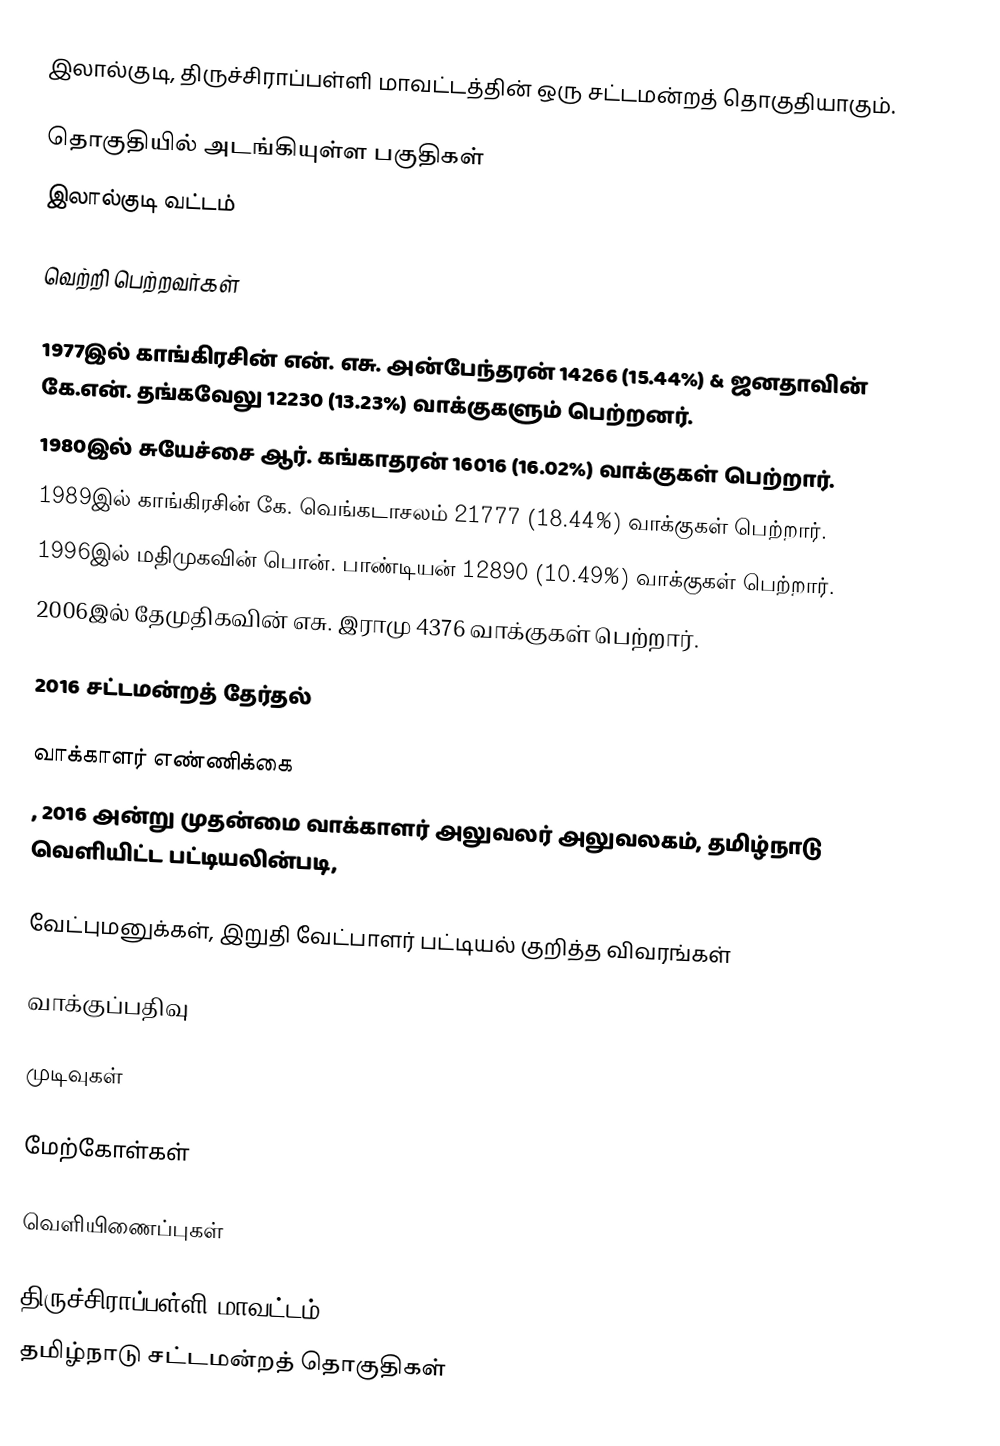
இலால்குடி, திருச்சிராப்பள்ளி மாவட்டத்தின் ஒரு சட்டமன்றத் தொகுதியாகும்.

தொகுதியில் அடங்கியுள்ள பகுதிகள்
இலால்குடி வட்டம்

வெற்றி பெற்றவர்கள்

1977இல் காங்கிரசின் என். எசு. அன்பேந்தரன் 14266 (15.44%) & ஜனதாவின் கே.என். தங்கவேலு 12230 (13.23%) வாக்குகளும் பெற்றனர்.
1980இல் சுயேச்சை ஆர். கங்காதரன் 16016 (16.02%) வாக்குகள் பெற்றார்.
1989இல் காங்கிரசின் கே. வெங்கடாசலம் 21777 (18.44%) வாக்குகள் பெற்றார்.
1996இல் மதிமுகவின் பொன். பாண்டியன் 12890 (10.49%) வாக்குகள் பெற்றார்.
2006இல் தேமுதிகவின் எசு. இராமு 4376 வாக்குகள் பெற்றார்.

2016 சட்டமன்றத் தேர்தல்

வாக்காளர் எண்ணிக்கை
, 2016 அன்று முதன்மை வாக்காளர் அலுவலர் அலுவலகம், தமிழ்நாடு வெளியிட்ட பட்டியலின்படி,

வேட்புமனுக்கள், இறுதி வேட்பாளர் பட்டியல் குறித்த விவரங்கள்

வாக்குப்பதிவு

முடிவுகள்

மேற்கோள்கள்

வெளியிணைப்புகள்

திருச்சிராப்பள்ளி மாவட்டம்
தமிழ்நாடு சட்டமன்றத் தொகுதிகள்